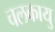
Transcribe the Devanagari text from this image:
चलकायु